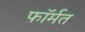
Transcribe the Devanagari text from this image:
फॉर्मत